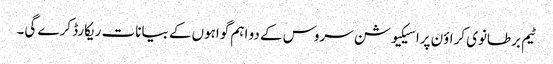
ٹیم برطانوی کراؤن پراسیکیوشن سروس کے دو اہم گواہوں کے بیانات ریکارڈ کرے گی۔